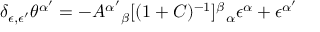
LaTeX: \delta _ { \epsilon , \epsilon ^ { \prime } } \theta ^ { \alpha ^ { \prime } } = - A ^ { \alpha ^ { \prime } } { } _ { \beta } [ ( 1 + C ) ^ { - 1 } ] ^ { \beta } { } _ { \alpha } \epsilon ^ { \alpha } + \epsilon ^ { \alpha ^ { \prime } }